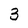
Character: 3